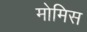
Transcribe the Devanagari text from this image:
मोमिस